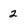
Character: 2